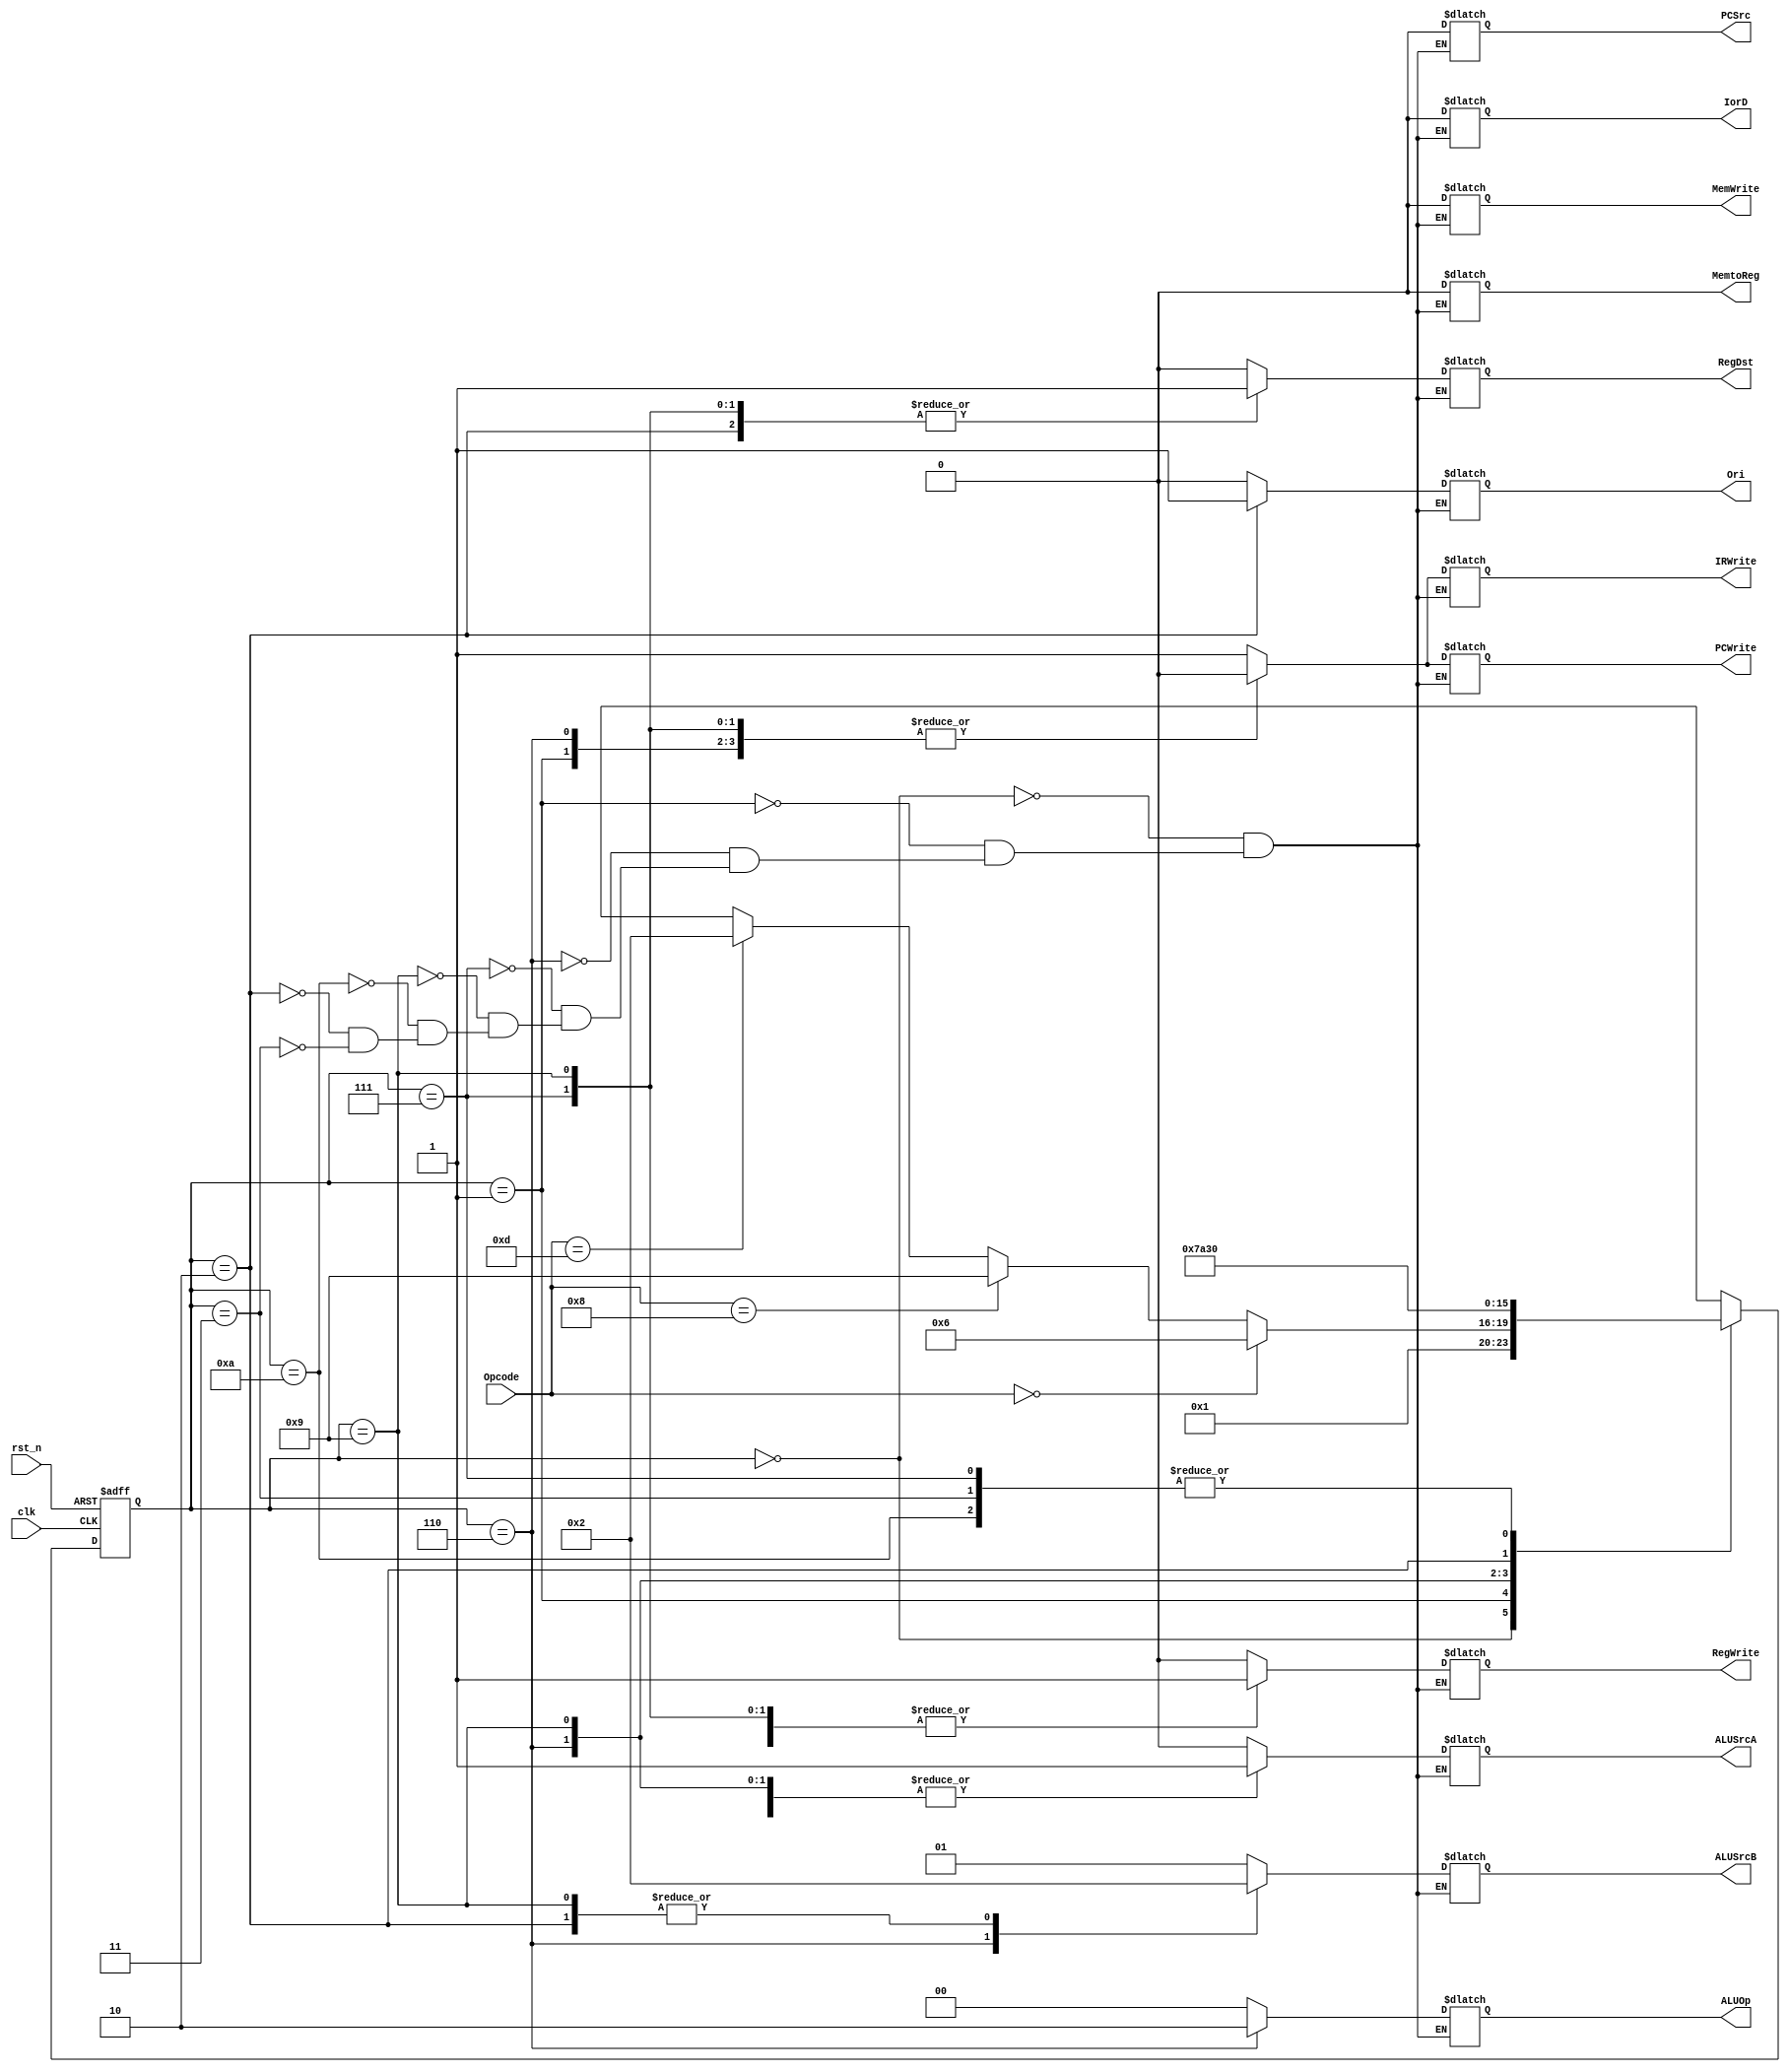
module Main_Controller(
input [5:0] Opcode,
input clk, rst_n,
output reg MemtoReg, RegDst, IorD, PCSrc, ALUSrcA, IRWrite, MemWrite, PCWrite, RegWrite, Ori,//Branch
output reg [1:0] ALUSrcB, ALUOp 
);

reg [3:0] state, next;

localparam [3:0] FETCH = 4'd0,
					 DECODE = 4'd1,
					 PEREX = 4'd2,
					 PERWB = 4'd3,
					 ADDIEX = 4'd9,
					 ADDIWB = 4'd10,
					 EXEC = 4'd6,
					 ALUWB = 4'd7;
				
					 
always @(posedge clk or negedge rst_n)
	if (!rst_n) begin 
		state <= FETCH;
		 
		//PCSrc <= 1'bx;
		end
	else state <= next;
	always @(state) begin
		next <= 4'bx;
		case(state)
			FETCH: begin
				PCWrite <= 1; 
				IorD <= 0; 
				MemWrite <= 0; 
				IRWrite <= 1; 
				RegDst <= 1'bx; 
				MemtoReg <= 1'bx; 
				RegWrite <= 0;
				ALUSrcA <= 0; 
				ALUSrcB <= 2'b01; 
				ALUOp <= 2'b00; 
				PCSrc <= 0;
				Ori<=1'bx;
				next <= DECODE;
			end
			DECODE:begin
				PCWrite <= 0; 
				IorD <= 0; 
				MemWrite <= 0; 
				IRWrite <= 0; 
				RegDst <= 1'bx; 
				MemtoReg <= 1'bx; 
				RegWrite <= 0;
				ALUSrcA <= 0; 
				ALUSrcB <= 2'b01; 
				ALUOp <= 2'b00; 
				PCSrc <= 0;
				Ori<=1'bx;
				if (Opcode == 6'b0) next <= EXEC;
				else if (Opcode == 6'h8) next <= ADDIEX;
				else if (Opcode == 6'hd) next <= PEREX;
				
			end
			EXEC:begin
				MemtoReg <= 0;
				RegDst <= 0;
				IorD <= 0; 
				PCSrc <= 0; 
				ALUSrcA <= 1; 
				IRWrite <= 0; 
				MemWrite <= 0; 
				PCWrite <= 0; 
				RegWrite <= 0;
				ALUSrcB <= 00;
				ALUOp <= 10;
				Ori<=1'bx;
				next <= ALUWB;
			end
			ALUWB:begin
				MemtoReg <= 0;
				RegDst <= 1;
				IorD <= 0; 
				PCSrc <= 0; 
				ALUSrcA <= 0; 
				IRWrite <= 0; 
				MemWrite <= 0; 
				PCWrite <= 0; 				
				RegWrite <= 1;
				ALUSrcB <= 01;
				ALUOp <= 00;
				Ori<=1'bx;
				next <= FETCH;
			end
			ADDIEX: begin
				PCWrite <= 0; 
				IorD <= 1'bx; 
				MemWrite <= 0; 
				IRWrite <= 0; 
				RegDst <= 1'b1; 
				MemtoReg <= 1'b0; 
				RegWrite <= 1;
				ALUSrcA <= 01; 
				ALUSrcB <= 2'b10; 
				ALUOp <= 2'b00; 
				PCSrc <= 1'bx;
				Ori<=1'b0;
				next <= ADDIWB;
			end
			ADDIWB: begin
				PCWrite <= 0; 
				IorD <= 1'bx; 
				MemWrite <= 0; 
				IRWrite <= 0; 
				RegDst <= 1'b0; 
				MemtoReg <= 1'b0; 
				RegWrite <= 1;
				ALUSrcA <= 1'bx; 
				ALUSrcB <= 2'bx; 
				ALUOp <= 2'bx; 
				PCSrc <= 1'bx;
				Ori<=1'bx;
				next <= FETCH;
				end
			PEREX: begin
				PCWrite <= 0; 
				IorD <= 1'bx; 
				MemWrite <= 0; 
				IRWrite <= 0; 
				RegDst <= 1'b1; 
				MemtoReg <= 1'b0; 
				RegWrite <= 1;
				ALUSrcA <= 01; 
				ALUSrcB <= 2'b10; 
				ALUOp <= 2'b00; 
				PCSrc <= 1'bx;
				Ori<=1'b1;
				next <= PERWB;
				end
			PERWB: begin
				PCWrite <= 0; 
				IorD <= 1'bx; 
				MemWrite <= 0; 
				IRWrite <= 0; 
				RegDst <= 1'b0; 
				MemtoReg <= 1'b0; 
				RegWrite <= 1;
				ALUSrcA <= 1'bx; 
				ALUSrcB <= 2'bx; 
				ALUOp <= 2'bx; 
				PCSrc <= 1'bx;
				Ori<=1'bx;
				next <= FETCH;
				end
			endcase
			
	end

endmodule